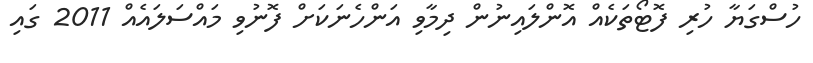
ހުސްގަޔާ ހުރި ފޮޓޯތަކެއް އޮންލައިނުން ދިމާވި އަންހެނަކަށް ފޮނުވި މައްސަލައެއް 2011 ގައި